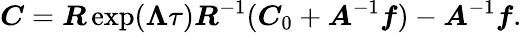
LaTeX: \boldsymbol{C}=\boldsymbol{R}\exp(\boldsymbol{\Lambda}\tau)\boldsymbol{R}^{-1}(\boldsymbol{C}_{0}+\boldsymbol{A}^{-1}\boldsymbol{f})-\boldsymbol{A}^{-1}\boldsymbol{f}.